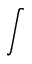
\int